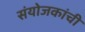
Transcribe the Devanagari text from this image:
संयोजकांची